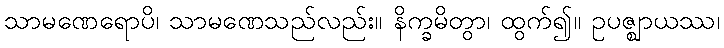
သာမဏေရောပိ၊ သာမဏေသည်လည်း။ နိက္ခမိတွာ၊ ထွက်၍။ ဥပဇ္ဈာယဿ၊